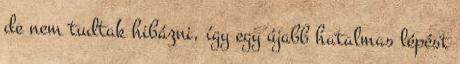
de nem tudtak hibázni, így egy újabb hatalmas lépést